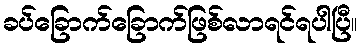
ခပ်ခြောက်ခြောက်ဖြစ်လာရင်ရပါပြီ။